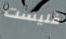
فليست